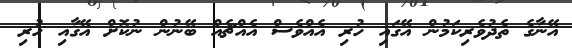
އޭނާގެ ތެދުވެރިކަމުން އޭގައި ހުރި އެއްވެސް އެއްޗެއް ބޭނުން ނުކޮށް އޭގާއި ހުރި